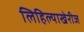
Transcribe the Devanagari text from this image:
लिहिल्याखेरीज